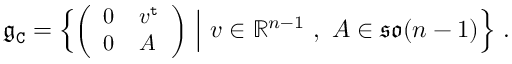
\mathfrak { g } _ { \mathtt { C } } = \Big \{ { \small \bigg ( \begin{array} { l l } { 0 } & { v ^ { \mathtt { t } } } \\ { 0 } & { A } \end{array} \bigg ) } \normalsize \ \Big | \ v \in \mathbb { R } ^ { n - 1 } \ , \ A \in \mathfrak { s o } ( n - 1 ) \Big \} \ .